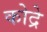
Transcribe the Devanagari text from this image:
कोद्रे